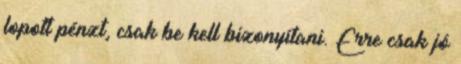
lopott pénzt, csak be kell bizonyítani. Erre csak jó